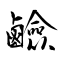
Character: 鹼